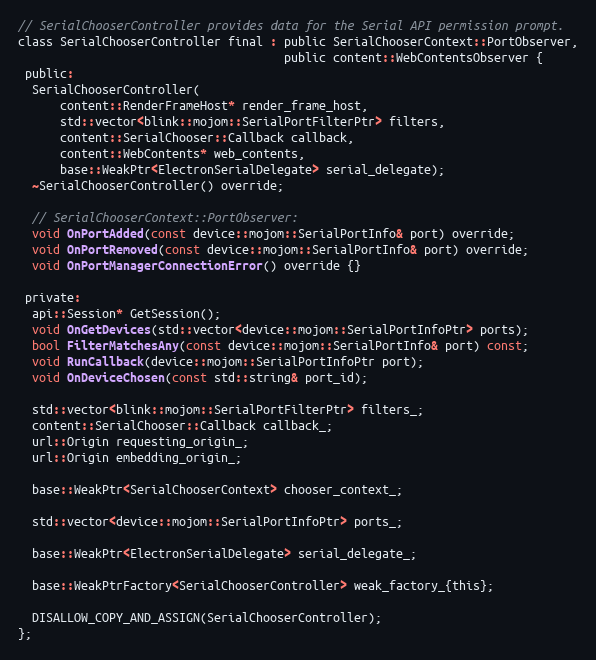
Language: C
// SerialChooserController provides data for the Serial API permission prompt.
class SerialChooserController final : public SerialChooserContext::PortObserver,
                                      public content::WebContentsObserver {
 public:
  SerialChooserController(
      content::RenderFrameHost* render_frame_host,
      std::vector<blink::mojom::SerialPortFilterPtr> filters,
      content::SerialChooser::Callback callback,
      content::WebContents* web_contents,
      base::WeakPtr<ElectronSerialDelegate> serial_delegate);
  ~SerialChooserController() override;

  // SerialChooserContext::PortObserver:
  void OnPortAdded(const device::mojom::SerialPortInfo& port) override;
  void OnPortRemoved(const device::mojom::SerialPortInfo& port) override;
  void OnPortManagerConnectionError() override {}

 private:
  api::Session* GetSession();
  void OnGetDevices(std::vector<device::mojom::SerialPortInfoPtr> ports);
  bool FilterMatchesAny(const device::mojom::SerialPortInfo& port) const;
  void RunCallback(device::mojom::SerialPortInfoPtr port);
  void OnDeviceChosen(const std::string& port_id);

  std::vector<blink::mojom::SerialPortFilterPtr> filters_;
  content::SerialChooser::Callback callback_;
  url::Origin requesting_origin_;
  url::Origin embedding_origin_;

  base::WeakPtr<SerialChooserContext> chooser_context_;

  std::vector<device::mojom::SerialPortInfoPtr> ports_;

  base::WeakPtr<ElectronSerialDelegate> serial_delegate_;

  base::WeakPtrFactory<SerialChooserController> weak_factory_{this};

  DISALLOW_COPY_AND_ASSIGN(SerialChooserController);
};